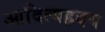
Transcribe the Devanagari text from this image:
आदित्यह्रदय